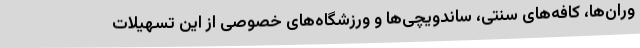
وران‌ها، کافه‌های سنتی، ساندویچی‌ها و ورزشگاه‌های خصوصی از این تسهیلات